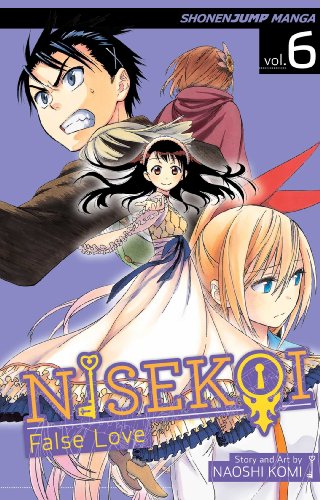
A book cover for Nisekoi: False Love, Vol. 6; Naoshi Komi; Comics & Graphic Novels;